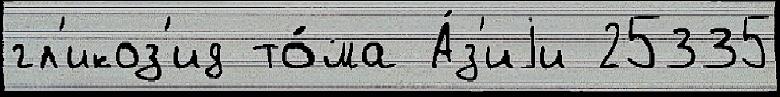
гл'икоз'ид то́ма А́з'иjи 25335